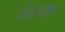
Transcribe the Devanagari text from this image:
निरुद्योग